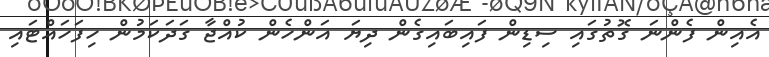
އެއިން ފެންނަ ގޮތުގައި ސިޑިން ފައިބައިގެން ދިޔަ އަންހެން ކުއްޖާ ގަދަކަމުން ހިފަހައްޓައި